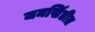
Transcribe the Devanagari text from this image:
जमखिंडीत